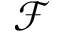
\mathcal { F }